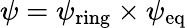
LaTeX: \psi=\psi_{\mathrm{ring}}\times\psi_{\mathrm{eq}}